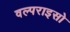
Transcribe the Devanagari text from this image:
वल्पराइसो